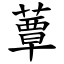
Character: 蕈